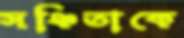
সঞ্চিতাকে